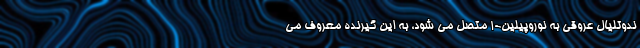
ندوتلیال عروقی به نوروپیلین-۱ متصل می شود، به این گیرنده معروف می